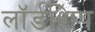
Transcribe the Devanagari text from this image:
लॉर्डशिप